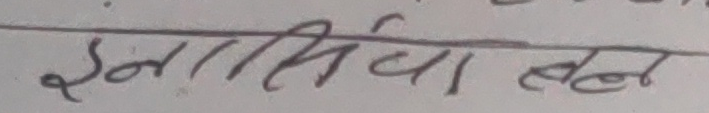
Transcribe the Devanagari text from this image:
इनिसियल नुन